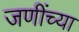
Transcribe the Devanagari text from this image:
जणींच्या